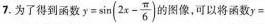
7. 为了得到函数 $$y = \sin ( 2 x - \frac { π } { 6 } )$$ 的图像，可以将函数$$y =